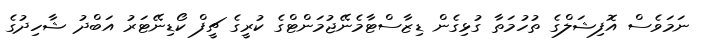
ނަމަވެސް އޮފިޝަލްގެ ތުހުމަތާ ގުޅިގެން ޑިޒާސްޓާމެނޭޖުމަންޓްގެ ކުރީގެ ޗީފް ކޯޑިނޭޓަރު އަބްދު ޝާހިދުގެ